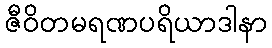
ဇီဝိတမရဏပရိယာဒါနာ